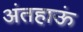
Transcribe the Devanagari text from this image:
अंतहाऊं